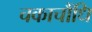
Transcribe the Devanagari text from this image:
चकाचौंधि